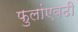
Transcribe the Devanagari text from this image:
फुलांएवढी